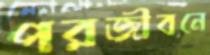
পরজীবনে